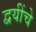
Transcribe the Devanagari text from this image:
द्वयींचे